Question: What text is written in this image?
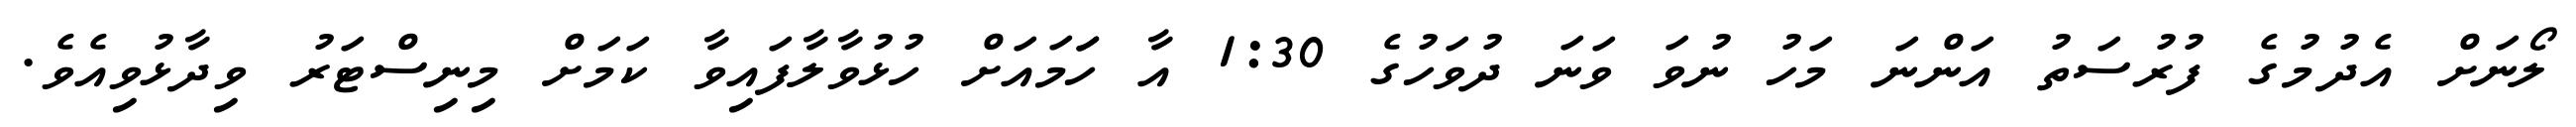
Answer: ލޯނަށް އެދުމުގެ ފުރުސަތު އަންނަ މަހު ނުވަ ވަނަ ދުވަހުގެ 1:30 އާ ހަަމައަށް ހުޅުވާލާފައިވާ ކަމަށް މިނިސްޓަރު ވިދާޅުވިއެވެ.